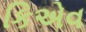
કિએવ